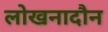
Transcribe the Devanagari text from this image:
लोखनादौन